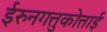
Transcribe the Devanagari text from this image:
ईरुनगत्तुकोत्ताई